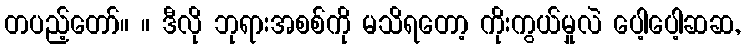
တပည့်တော်။ ။ ဒီလို ဘုရားအစစ်ကို မသိရတော့ ကိုးကွယ်မှုလဲ ပေါ့ပေါ့ဆဆ,